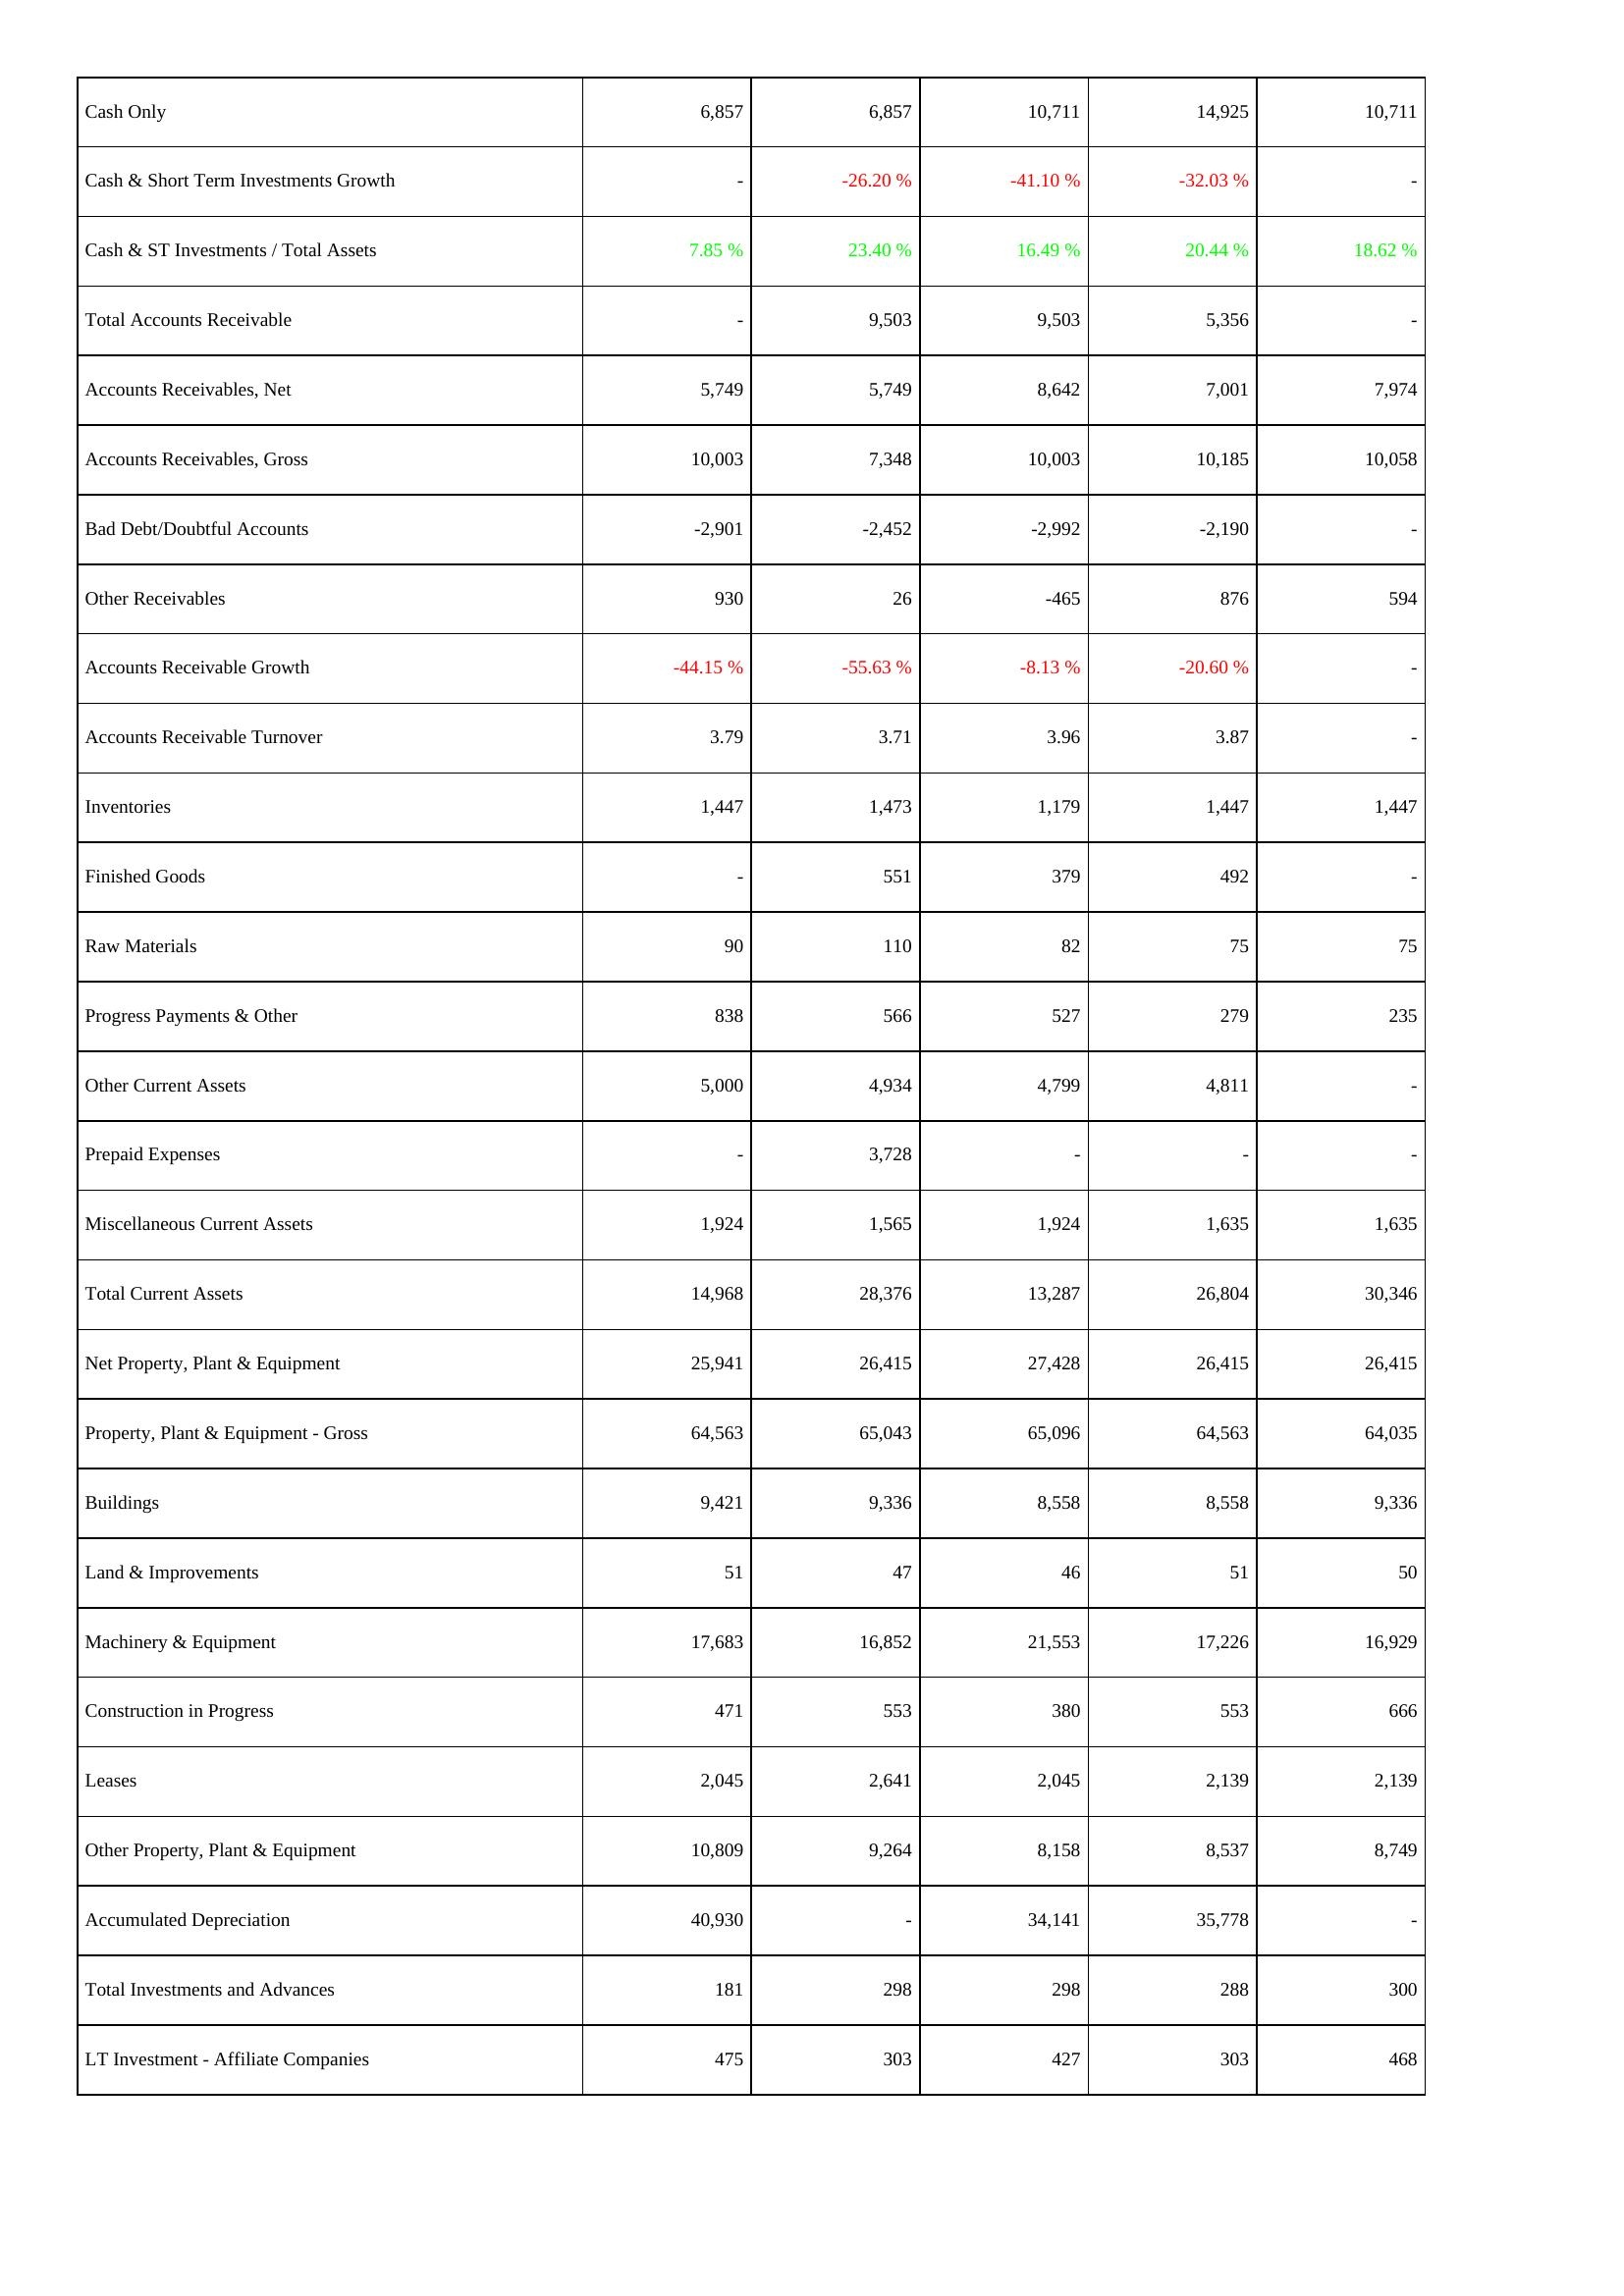
2021: Assets: Cash Only: 6,857
Cash & Short Term Investments Growth: -
Cash & ST Investments / Total Assets: 7.85 %
Total Accounts Receivable: -
Accounts Receivables, Net: 5,749
Accounts Receivables, Gross: 10,003
Bad Debt/Doubtful Accounts: -2,901
Other Receivables: 930
Accounts Receivable Growth: -44.15 %
Accounts Receivable Turnover: 3.79
Inventories: 1,447
Finished Goods: -
Raw Materials: 90
Progress Payments & Other: 838
Other Current Assets: 5,000
Prepaid Expenses: -
Miscellaneous Current Assets: 1,924
Total Current Assets: 14,968
Net Property, Plant & Equipment: 25,941
Property, Plant & Equipment - Gross: 64,563
Buildings: 9,421
Land & Improvements: 51
Machinery & Equipment: 17,683
Construction in Progress: 471
Leases: 2,045
Other Property, Plant & Equipment: 10,809
Accumulated Depreciation: 40,930
Total Investments and Advances: 181
LT Investment - Affiliate Companies: 475
2020: Assets: Cash Only: 6,857
Cash & Short Term Investments Growth: -26.20 %
Cash & ST Investments / Total Assets: 23.40 %
Total Accounts Receivable: 9,503
Accounts Receivables, Net: 5,749
Accounts Receivables, Gross: 7,348
Bad Debt/Doubtful Accounts: -2,452
Other Receivables: 26
Accounts Receivable Growth: -55.63 %
Accounts Receivable Turnover: 3.71
Inventories: 1,473
Finished Goods: 551
Raw Materials: 110
Progress Payments & Other: 566
Other Current Assets: 4,934
Prepaid Expenses: 3,728
Miscellaneous Current Assets: 1,565
Total Current Assets: 28,376
Net Property, Plant & Equipment: 26,415
Property, Plant & Equipment - Gross: 65,043
Buildings: 9,336
Land & Improvements: 47
Machinery & Equipment: 16,852
Construction in Progress: 553
Leases: 2,641
Other Property, Plant & Equipment: 9,264
Accumulated Depreciation: -
Total Investments and Advances: 298
LT Investment - Affiliate Companies: 303
2019: Assets: Cash Only: 10,711
Cash & Short Term Investments Growth: -41.10 %
Cash & ST Investments / Total Assets: 16.49 %
Total Accounts Receivable: 9,503
Accounts Receivables, Net: 8,642
Accounts Receivables, Gross: 10,003
Bad Debt/Doubtful Accounts: -2,992
Other Receivables: -465
Accounts Receivable Growth: -8.13 %
Accounts Receivable Turnover: 3.96
Inventories: 1,179
Finished Goods: 379
Raw Materials: 82
Progress Payments & Other: 527
Other Current Assets: 4,799
Prepaid Expenses: -
Miscellaneous Current Assets: 1,924
Total Current Assets: 13,287
Net Property, Plant & Equipment: 27,428
Property, Plant & Equipment - Gross: 65,096
Buildings: 8,558
Land & Improvements: 46
Machinery & Equipment: 21,553
Construction in Progress: 380
Leases: 2,045
Other Property, Plant & Equipment: 8,158
Accumulated Depreciation: 34,141
Total Investments and Advances: 298
LT Investment - Affiliate Companies: 427
2018: Assets: Cash Only: 14,925
Cash & Short Term Investments Growth: -32.03 %
Cash & ST Investments / Total Assets: 20.44 %
Total Accounts Receivable: 5,356
Accounts Receivables, Net: 7,001
Accounts Receivables, Gross: 10,185
Bad Debt/Doubtful Accounts: -2,190
Other Receivables: 876
Accounts Receivable Growth: -20.60 %
Accounts Receivable Turnover: 3.87
Inventories: 1,447
Finished Goods: 492
Raw Materials: 75
Progress Payments & Other: 279
Other Current Assets: 4,811
Prepaid Expenses: -
Miscellaneous Current Assets: 1,635
Total Current Assets: 26,804
Net Property, Plant & Equipment: 26,415
Property, Plant & Equipment - Gross: 64,563
Buildings: 8,558
Land & Improvements: 51
Machinery & Equipment: 17,226
Construction in Progress: 553
Leases: 2,139
Other Property, Plant & Equipment: 8,537
Accumulated Depreciation: 35,778
Total Investments and Advances: 288
LT Investment - Affiliate Companies: 303
2017: Assets: Cash Only: 10,711
Cash & Short Term Investments Growth: -
Cash & ST Investments / Total Assets: 18.62 %
Total Accounts Receivable: -
Accounts Receivables, Net: 7,974
Accounts Receivables, Gross: 10,058
Bad Debt/Doubtful Accounts: -
Other Receivables: 594
Accounts Receivable Growth: -
Accounts Receivable Turnover: -
Inventories: 1,447
Finished Goods: -
Raw Materials: 75
Progress Payments & Other: 235
Other Current Assets: -
Prepaid Expenses: -
Miscellaneous Current Assets: 1,635
Total Current Assets: 30,346
Net Property, Plant & Equipment: 26,415
Property, Plant & Equipment - Gross: 64,035
Buildings: 9,336
Land & Improvements: 50
Machinery & Equipment: 16,929
Construction in Progress: 666
Leases: 2,139
Other Property, Plant & Equipment: 8,749
Accumulated Depreciation: -
Total Investments and Advances: 300
LT Investment - Affiliate Companies: 468